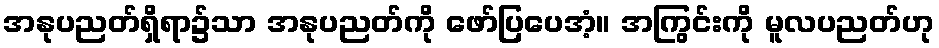
အနုပညတ်ရှိရာ၌သာ အနုပညတ်ကို ဖော်ပြပေအံ့။ အကြွင်းကို မူလပညတ်ဟု